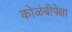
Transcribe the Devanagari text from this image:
कोळंबीपेक्षा